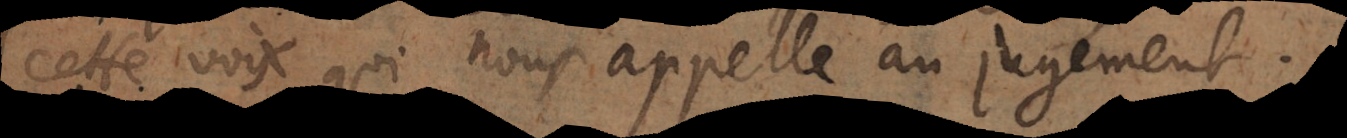
cette voix qui nous appelle au jugement